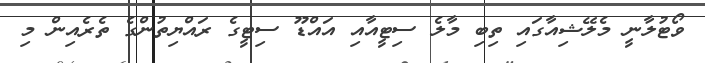
ވޯޓުލާނީ މެލޭޝިއާގައި ތިބި މާލެ ސިޓީއާއި އައްޑޫ ސިޓީގެ ރައްޔިތުންގެ ތެރެއިން މި